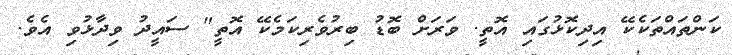
ކަންތައްތަކެކޭ އިދިކޮޅުގައި އޮތީ. ވަރަށް ބޮޑު ބިރުވެރިކަމެކޭ އޮތީ" ސައީދު ވިދާޅުވި އެވެ.